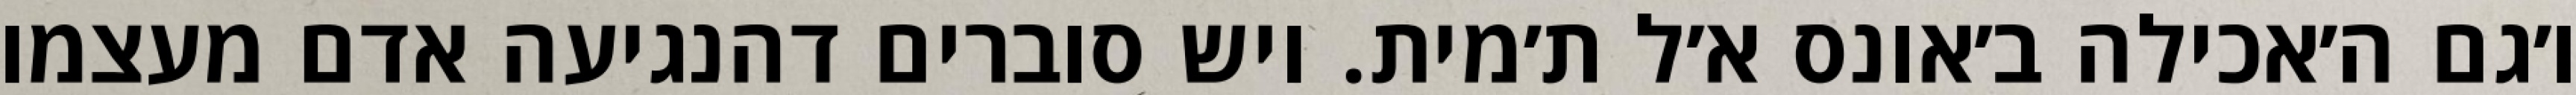
ו׳גם ה׳אכילה ב׳אונס א׳ל ת׳מית. ויש סוברים דהנגיעה אדם מעצמו